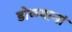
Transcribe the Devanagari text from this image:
डोळ्यानां